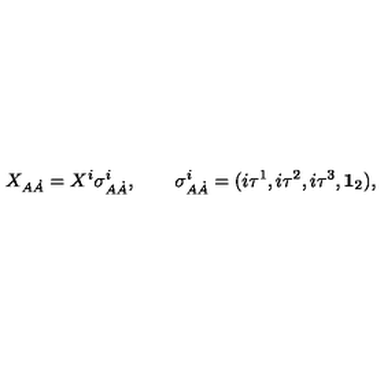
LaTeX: X _ { A \dot { A } } = X ^ { i } \sigma _ { A \dot { A } } ^ { i } , \qquad \sigma _ { A \dot { A } } ^ { i } = ( i \tau ^ { 1 } , i \tau ^ { 2 } , i \tau ^ { 3 } , { \bf 1 } _ { 2 } ) , \,